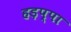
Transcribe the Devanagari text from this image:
हड़प्‍पा